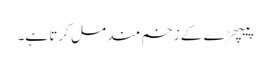
پیپھڑ ے کے زخم مند مل کرتا ہے۔